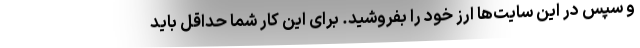
و سپس در این سایت‌ها ارز خود را بفروشید. برای این کار شما حداقل باید